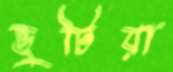
ভুটিয়া